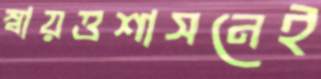
স্বায়ত্তশাসনেই